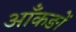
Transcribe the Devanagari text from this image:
आँकङों